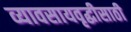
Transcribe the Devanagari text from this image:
व्यावसायवृद्धीसाठी